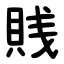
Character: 賎